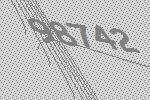
98742